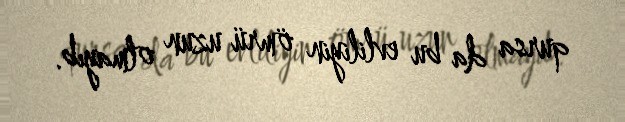
qursa da bu evliliyin ömrü uzun olmayıb.